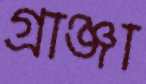
গ্রাঞ্জা